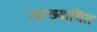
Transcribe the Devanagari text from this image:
व्याख्याचित